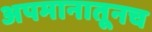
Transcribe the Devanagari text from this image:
अपमानातूनच